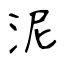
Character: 泥